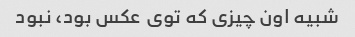
شبیه اون چیزی که توی عکس بود، نبود